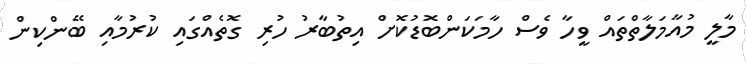
މާލީ މުއާމަލާތްތައް ވީހާ ވެސް ހާމަކަންބޮޑުކޮށް އިތުބާރު ހުރި ގޮތެއްގައި ކުރުމާއި ބޭންކިން